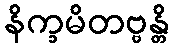
နိက္ခမိတဗ္ဗန္တိ